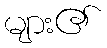
များ၏